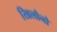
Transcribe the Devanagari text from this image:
खिलौनो